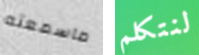
ماسمعته لنتكلم